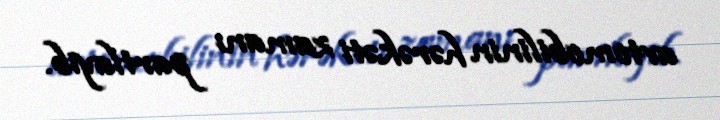
avtomobilinin hərəkəti zamanı partlayıb.